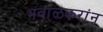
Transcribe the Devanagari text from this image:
भवाळकरांन